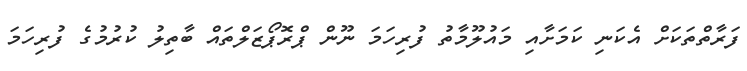
ފަރާތްތަކަށް އެކަނި ކަމަށާއި މައުލޫމާތު ފުރިހަމަ ނޫން ޕްރޮޕޯޒަލްތައް ބާތިލު ކުރުމުގެ ފުރިހަމަ